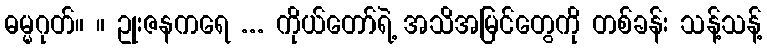
ဓမ္မဂုတ်။ ။ ဥုးဇနကရေ ... ကိုယ်တော်ရဲ့ အသိအမြင်တွေကို တစ်ခန်း သန့်သန့်